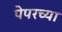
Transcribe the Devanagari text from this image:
पेपरच्या